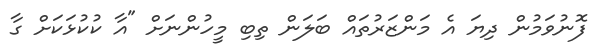
ފޮނުވަމުން ދިޔަ އެ މަންޒަރުތައް ބަލަން ތިބި މީހުންނަށް "އާ ކުކުޅަކަށް ގާ